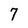
Character: 7